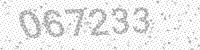
Solution: 067233